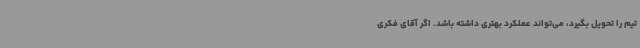
تیم را تحویل بگیرد، می‌تواند عملکرد بهتری داشته باشد. اگر آقای فکری